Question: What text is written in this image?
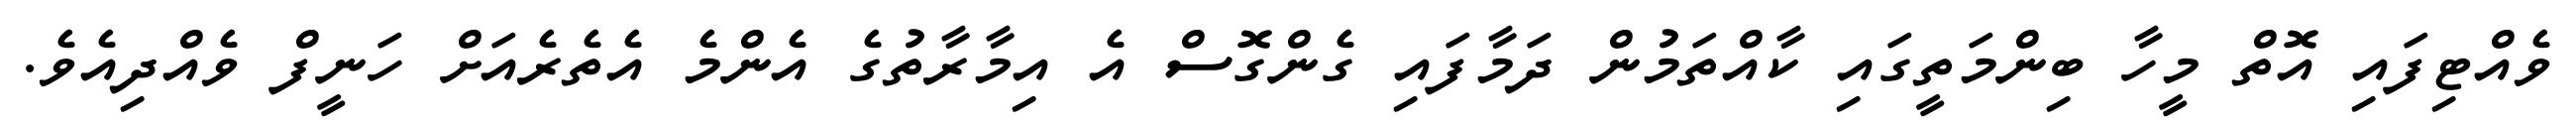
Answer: ވެއްޓިފައި އޮތް މީހާ ބިންމަތީގައި ކާއްތަމުން ދަމާފައި ގެންގޮސް އެ އިމާރާތުގެ އެންމެ އެތެރެއަށް ހަނީފް ވެއްދިއެވެ.